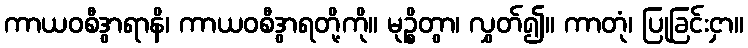
ကာယဝစီဒွာရာနိ၊ ကာယဝစီဒွာရတို့ကို။ မုဉ္စိတွာ၊ လွှတ်၍။ ကာတုံ၊ ပြုခြင်းငှာ။